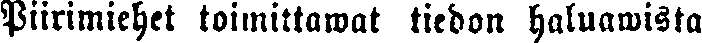
Piirimiehet toimittawat tiedon haluawista